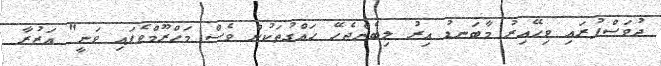
ދުވަސްފުރައި ވިހޭއިރު މާބަނޑު އިރު ލިބެންޖެހޭ ހައްގުތަކުން ވެސް މަހްރޫމްވެފައި ވަނީ" އަޒުރާ